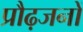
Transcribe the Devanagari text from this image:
प्रौढ़जनों